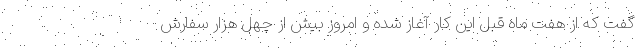
گفت که از هفت ماه قبل این کار آغاز شده و امروز بیش از چهل هزار سفارش